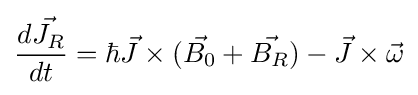
{\frac {d{\vec {J_{R}}}}{dt}}=\hbar {\vec {J}}\times ({\vec {B_{0}}}+{\vec {B_{R}}})-{\vec {J}}\times {\vec {\omega }}